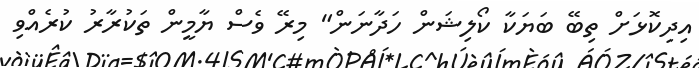
އިދިކޮޅަށް ތިބޭ ބަޔަކާ ކޯލިޝަން ހަދާނަން" މިރޭ ވެސް ޔާމީން ތަކުރާރު ކުރެއްވި